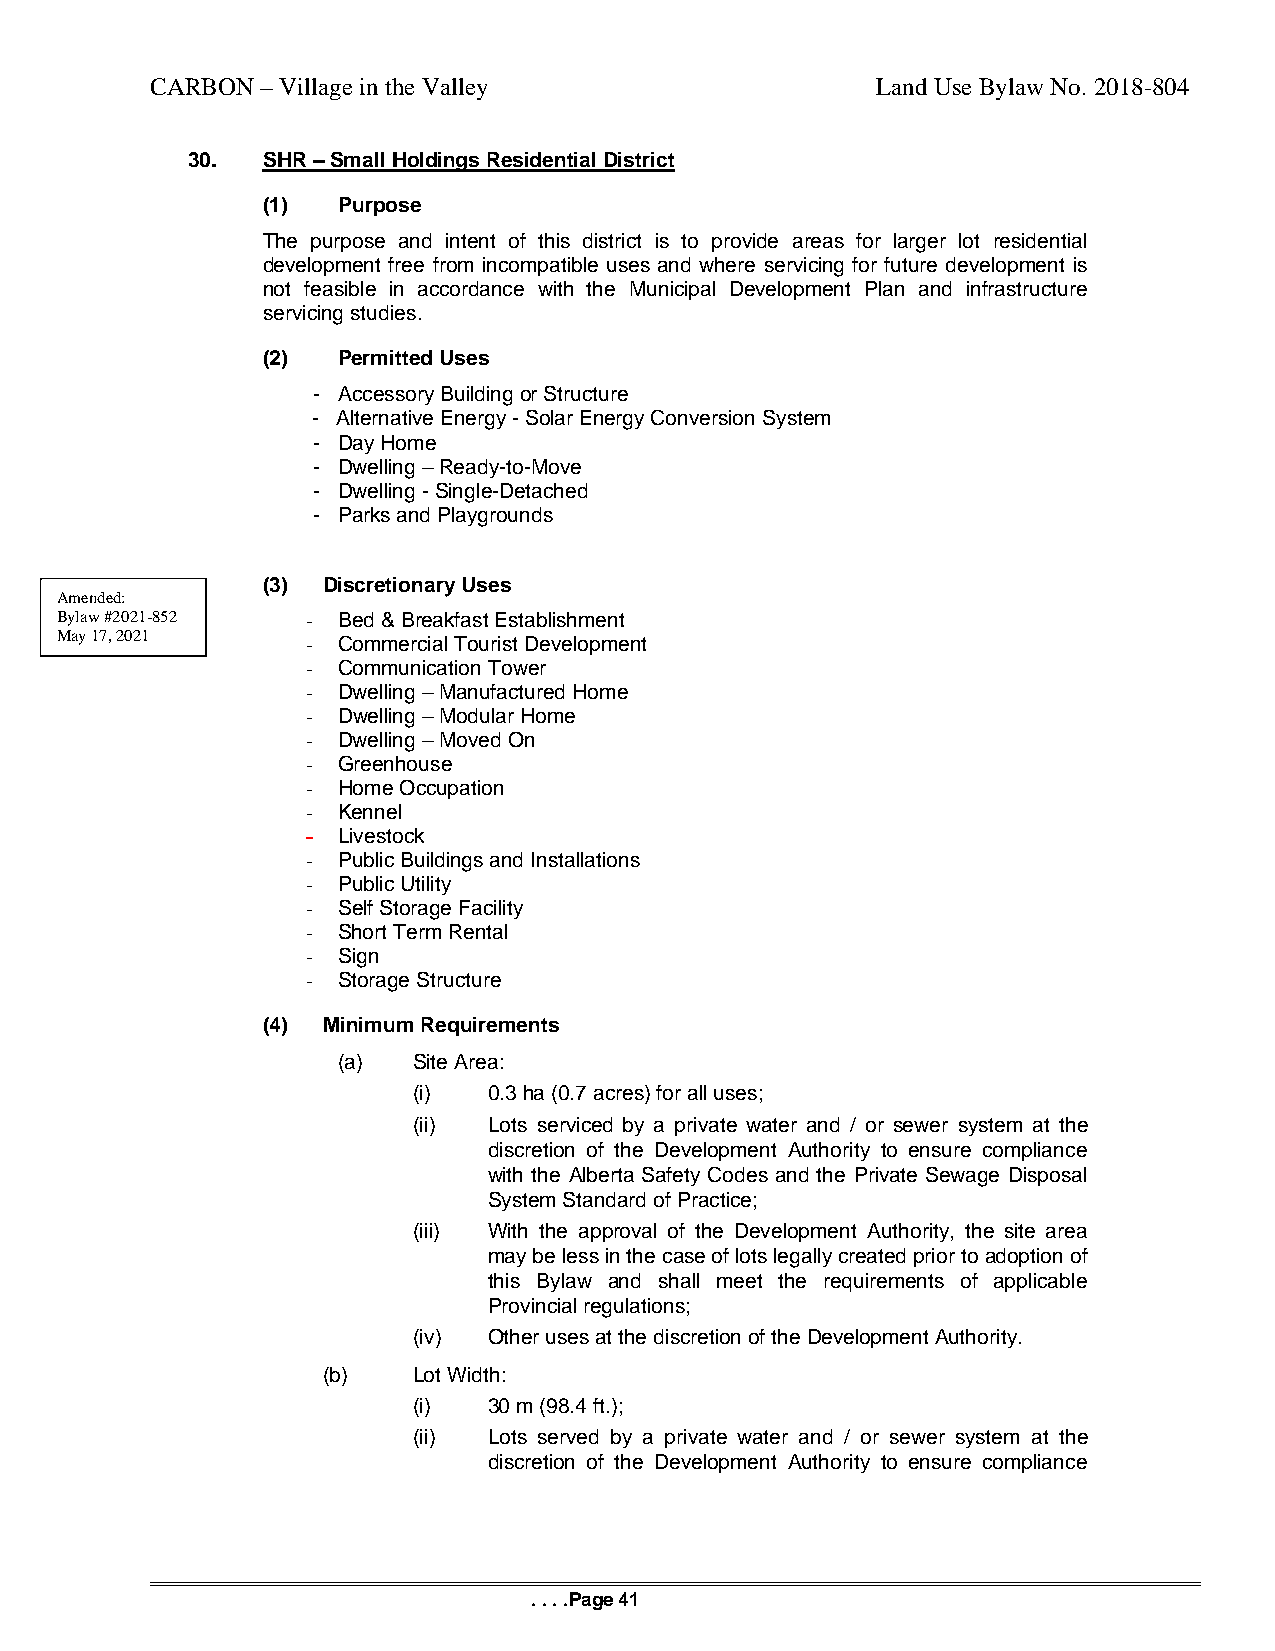
CARBON – Village in the Valley                  Land Use Bylaw No. 2018-804
 30.  SHR – Small Holdings Residential District
 (1)  Purpose
 The purpose and intent of this district is to provide areas for larger lot residential
 development free from incompatible uses and where servicing for future development is
 not feasible in accordance with the Municipal Development Plan and infrastructure
 servicing studies.
 (2)  Permitted Uses
 - Accessory Building or Structure
 - Alternative Energy - Solar Energy Conversion System
 - Day Home
 - Dwelling – Ready-to-Move
 - Dwelling - Single-Detached
 - Parks and Playgrounds
 (3) Discretionary Uses
 Amended:
 Bylaw #2021-852 - Bed & Breakfast Establishment
 May 17, 2021
 - Commercial Tourist Development
 - Communication Tower
 - Dwelling – Manufactured Home
 - Dwelling – Modular Home
 - Dwelling – Moved On
 - Greenhouse
 - Home Occupation
 - Kennel
 - Livestock
 - Public Buildings and Installations
 - Public Utility
 - Self Storage Facility
 - Short Term Rental
 - Sign
 - Storage Structure
 (4) Minimum Requirements
 (a)  Site Area:
 (i)  0.3 ha (0.7 acres) for all uses;
 (ii) Lots serviced by a private water and / or sewer system at the
 discretion of the Development Authority to ensure compliance
 with the Alberta Safety Codes and the Private Sewage Disposal
 System Standard of Practice;
 (iii) With the approval of the Development Authority, the site area
 may be less in the case of lots legally created prior to adoption of
 this Bylaw and shall meet the requirements of applicable
 Provincial regulations;
 (iv) Other uses at the discretion of the Development Authority.
 (b)   Lot Width:
 (i)  30 m (98.4 ft.);
 (ii) Lots served by a private water and / or sewer system at the
 discretion of the Development Authority to ensure compliance
 . . . .Page 41